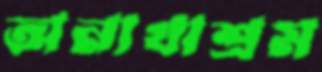
অনাথাশ্রম